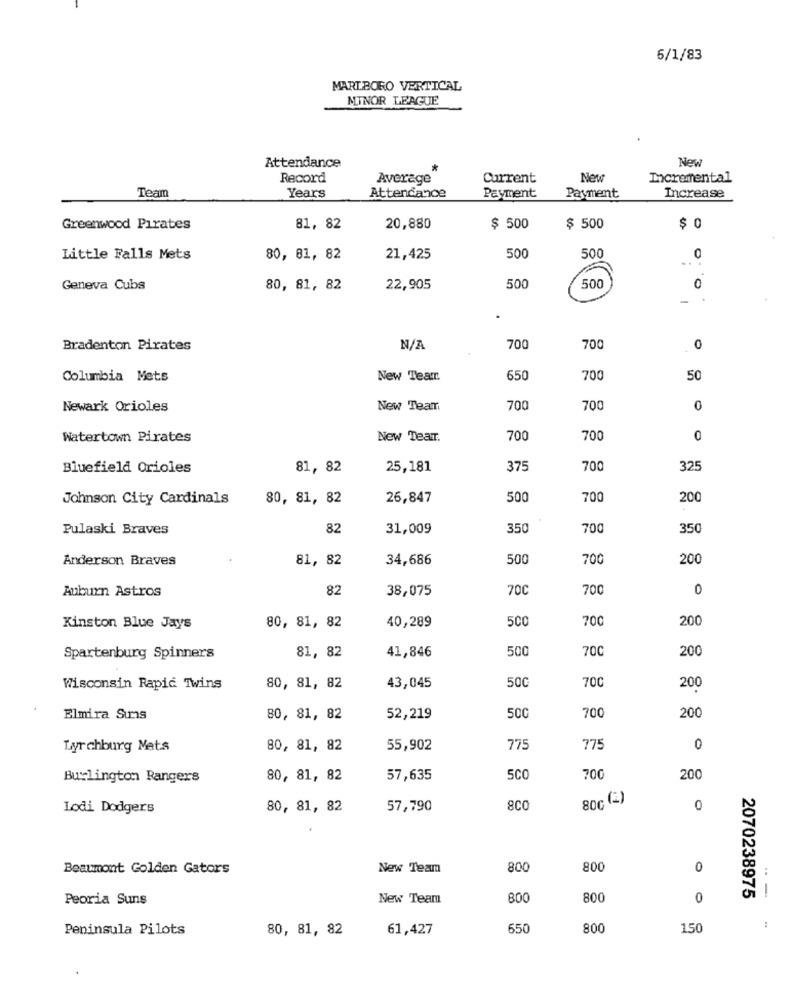
6/1/83
MARLBORO VERTICAL
MINOR LEAGUE
New
Attendance
Record
Average
Current
New
Incremental
Team
Years
Attendance
Payment
Payment
Increase
Greenwood Pirates
81, 82
20,880
$ 500
$ 500
$ 0
Little Falls Mets
80, 81, 82
21,425
500
500
...
Geneva Cubs
80, 81, 82
22,905
500
500
0
.
Bradenton Pirates
700
700
0
Columbia Mets
New Team
650
700
50
Newark Orioles
New Team
700
700
0
Watertown Pirates
New Tear.
700
700
0
Bluefield Orioles
81, 82
25,181
375
700
325
Johnson City Cardinals
80, 81, 82
26,847
500
700
200
Pulaski Braves
82
31,009
350
700
350
Anderson Braves
81, 82
34,686
500
700
200
Auburn Astros
82
38,075
700
700
0
80, 81, 82
40,289
500
700
200
Kinston Blue Jays
81, 82
41,846
500
70C
200
Spartenburg Spinners
50C
700
200
Wisconsin Rapid Twins
80, 81, 82
43,045
Elmira Sums
80, 81, 82
52,219
500
700
200
ALL
Lyrchburg Mets
80, 81, 82
55,902
775
0
Burlington Rangers
80, 81, 82
57,635
5CO
700
200
80c (2)
Lodi Dodgers
80, 81, 82
57,790
8CO
0
Beaumont Golden Gators
New Team
800
800
0
Peoria Suns
New Team
800
800
0
2070238975
--
Peninsula Pilots
80, 81, 82
61,427
650
800
150
: